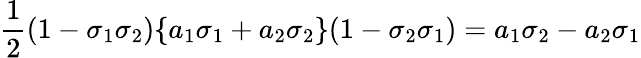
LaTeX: {\frac{1}{2}}(1-\sigma_{1}\sigma_{2})\{ a_{1}\sigma_{1}+a_{2}\sigma_{2}\} (1-\sigma_{2}\sigma_{1})=a_{1}\sigma_{2}-a_{2}\sigma_{1}